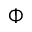
\Phi